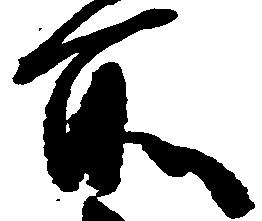
所